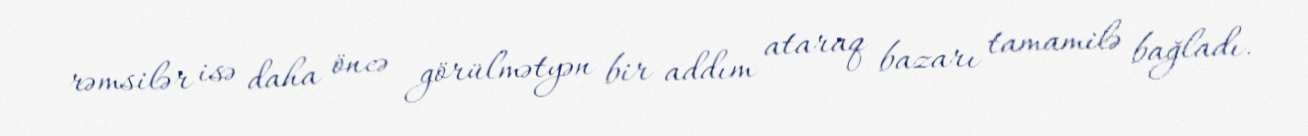
rəmsilər isə daha öncə görülmətyən bir addım ataraq bazarı tamamilə bağladı.